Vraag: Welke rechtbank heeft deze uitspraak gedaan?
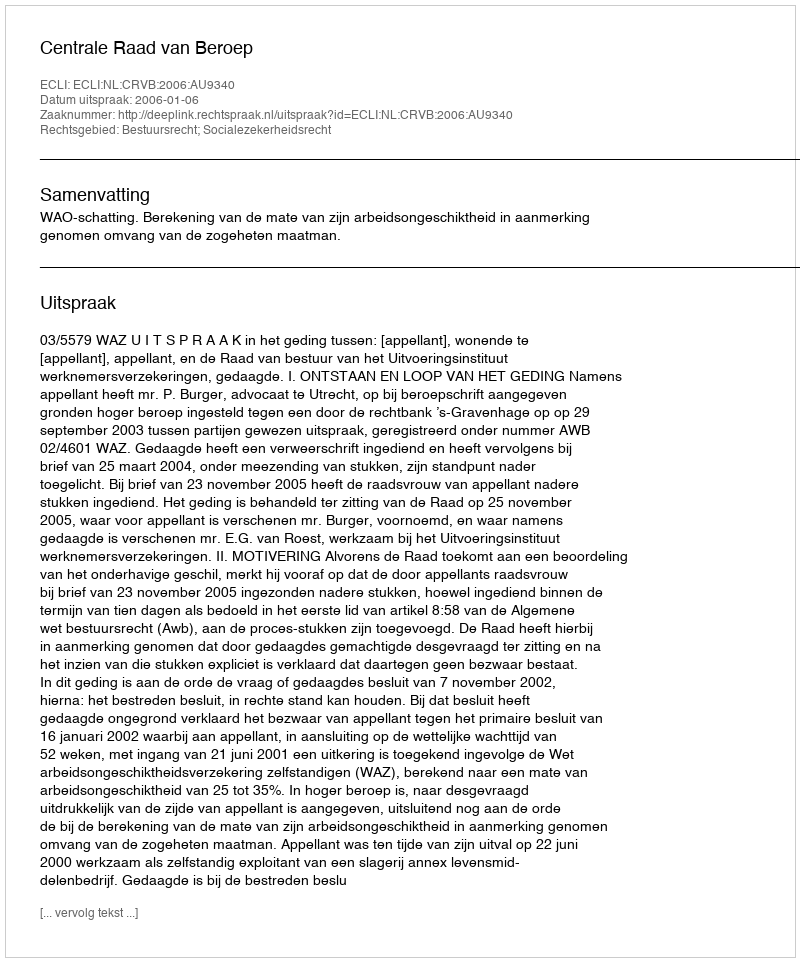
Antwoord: Centrale Raad van Beroep